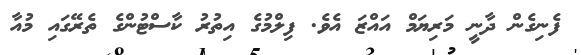
ފެނިގެން ދާނީ މަރިޔަމް އައްޒަ އެވެ. ފިލްމުގެ އިތުރު ކާސްޓުންގެ ތެރޭގައި މުއާ